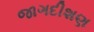
જાગદીશણ